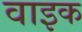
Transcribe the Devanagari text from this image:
वाइक